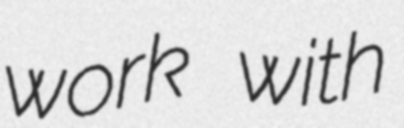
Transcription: work with